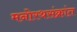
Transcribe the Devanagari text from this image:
मनोरथसंक्रांत